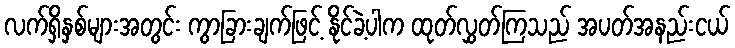
လက်ရှိနှစ်များအတွင်း ကွာခြားချက်ဖြင့် နိုင်ခဲ့ပါက ထုတ်လွှတ်ကြသည် အပတ်အနည်းငယ်